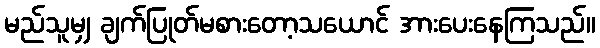
မည်သူမျှ ချက်ပြုတ်မစားတော့သယောင် အားပေးနေကြသည်။